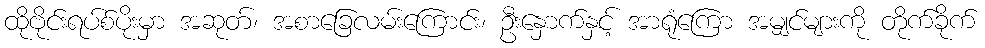
ထိုဗိုင်းရပ်စ်ပိုးမှာ အဆုတ်၊ အစာခြေလမ်းကြောင်း၊ ဦးနှောက်နှင့် အာရုံကြော အမျှင်များကို တိုက်ခိုက်